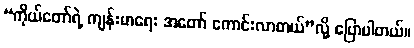
“ကိုယ်တော်ရဲ့ ကျန်းမာရေး အတော် ကောင်းလာတယ်”လို့ ပြောပါတယ်။